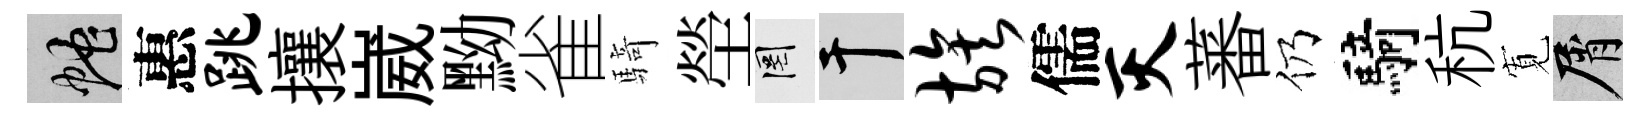
蛇惠跳攘崴黝雀騎塋罔干族儒灭蕃仍騎秔𡩖屑